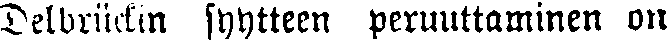
Delbrückin syytteen peruuttaminen on